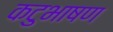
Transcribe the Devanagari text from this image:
कटुभाषण